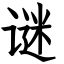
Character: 谜